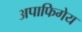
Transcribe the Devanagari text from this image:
अपाफिगेय